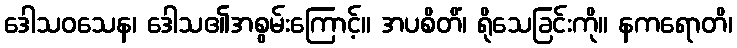
ဒေါသဝသေန၊ ဒေါသ၏အစွမ်းကြောင့်။ အပစိတိံ၊ ရိုသေခြင်းကို။ နကရောတိ၊